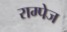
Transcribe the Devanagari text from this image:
राम्पेज